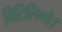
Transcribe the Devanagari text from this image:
विटिलिगो।